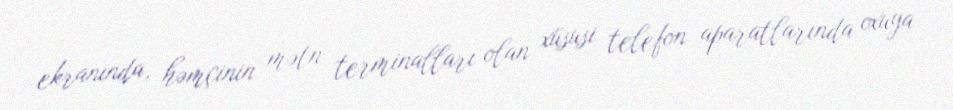
ekranında, həmçinin mətn terminalları olan xüsusi telefon aparatlarında oxuya